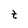
Character: t